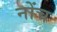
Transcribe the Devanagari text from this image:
नोंच